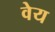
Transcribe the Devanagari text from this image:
वेय